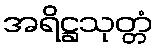
အရိဋ္ဌသုတ္တံ